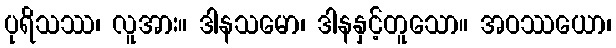
ပုရိသဿ၊ လူအား။ ဒါနသမော၊ ဒါနနှင့်တူသော။ အဝဿယော၊